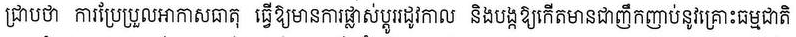
ជ្រាបថា ការប្រែប្រួលអាកាសធាតុ ធ្វើឱ្យមានការផ្លាស់ប្តូររដូវកាល និងបង្កឱ្យកើតមានជាញឹកញាប់នូវគ្រោះធម្មជាតិ